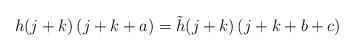
LaTeX: \begin{align*}h(j+k)\,(j+k+a)=\tilde{h}(j+k)\,(j+k+b+c)\end{align*}